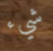
شيء